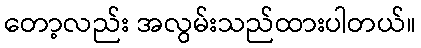
တော့လည်း အလွမ်းသည်ထားပါတယ်။